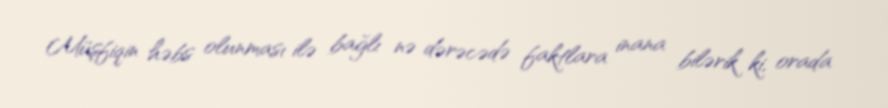
Müşfiqin həbs olunması ilə bağlı nə dərəcədə faktlara inana bilərik ki, orada